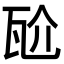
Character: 𭺝